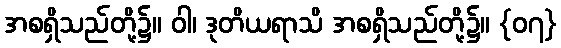
အစရှိသည်တို့၌။ ဝါ၊ ဒုတိယရာသိ အစရှိသည်တို့၌။ {၀၇}